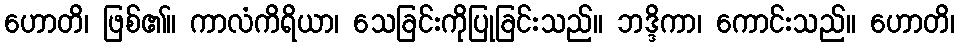
ဟောတိ၊ ဖြစ်၏။ ကာလံကိရိယာ၊ သေခြင်းကိုပြုခြင်းသည်။ ဘဒ္ဒိကာ၊ ကောင်းသည်။ ဟောတိ၊